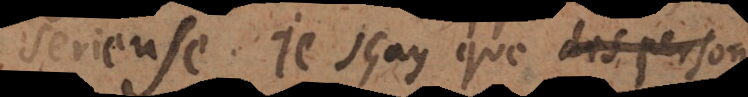
serieuse. Je sçay que des personnes